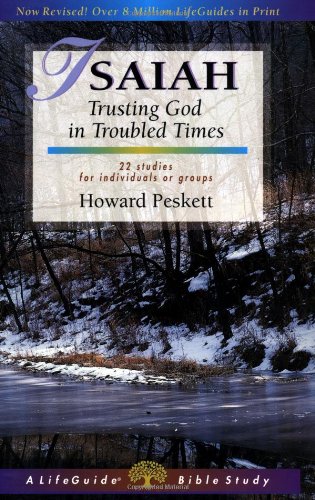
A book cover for Isaiah: Trusting God in Troubled Times (Lifeguide Bible Studies); Howard Peskett; Christian Books & Bibles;